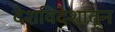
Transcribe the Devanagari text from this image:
देशविदेशातून